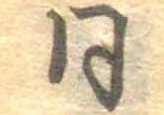
同